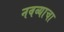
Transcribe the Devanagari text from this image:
नवव्याचा